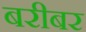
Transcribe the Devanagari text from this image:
बरीबर